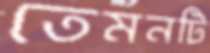
তেমনটি